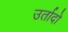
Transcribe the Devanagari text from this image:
उर्तादो